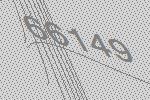
66149